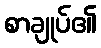
စာချုပ်၏